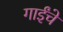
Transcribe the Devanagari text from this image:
गाईंचे